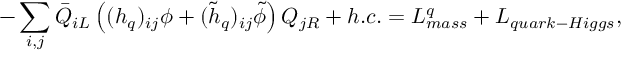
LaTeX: - \sum _ { i , j } \bar { Q } _ { i L } \left( ( h _ { q } ) _ { i j } \phi + ( \tilde { h } _ { q } ) _ { i j } \tilde { \phi } \right) Q _ { j R } + h . c . = L _ { m a s s } ^ { q } + L _ { q u a r k - H i g g s } ,